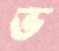
ভ